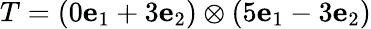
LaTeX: T=(0\mathbf{e}_{1}+3\mathbf{e}_{2})\otimes(5\mathbf{e}_{1}-3\mathbf{e}_{2})